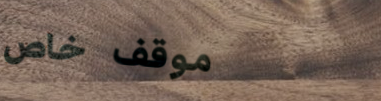
موقف خاص